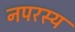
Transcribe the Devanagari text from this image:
नपरस्य